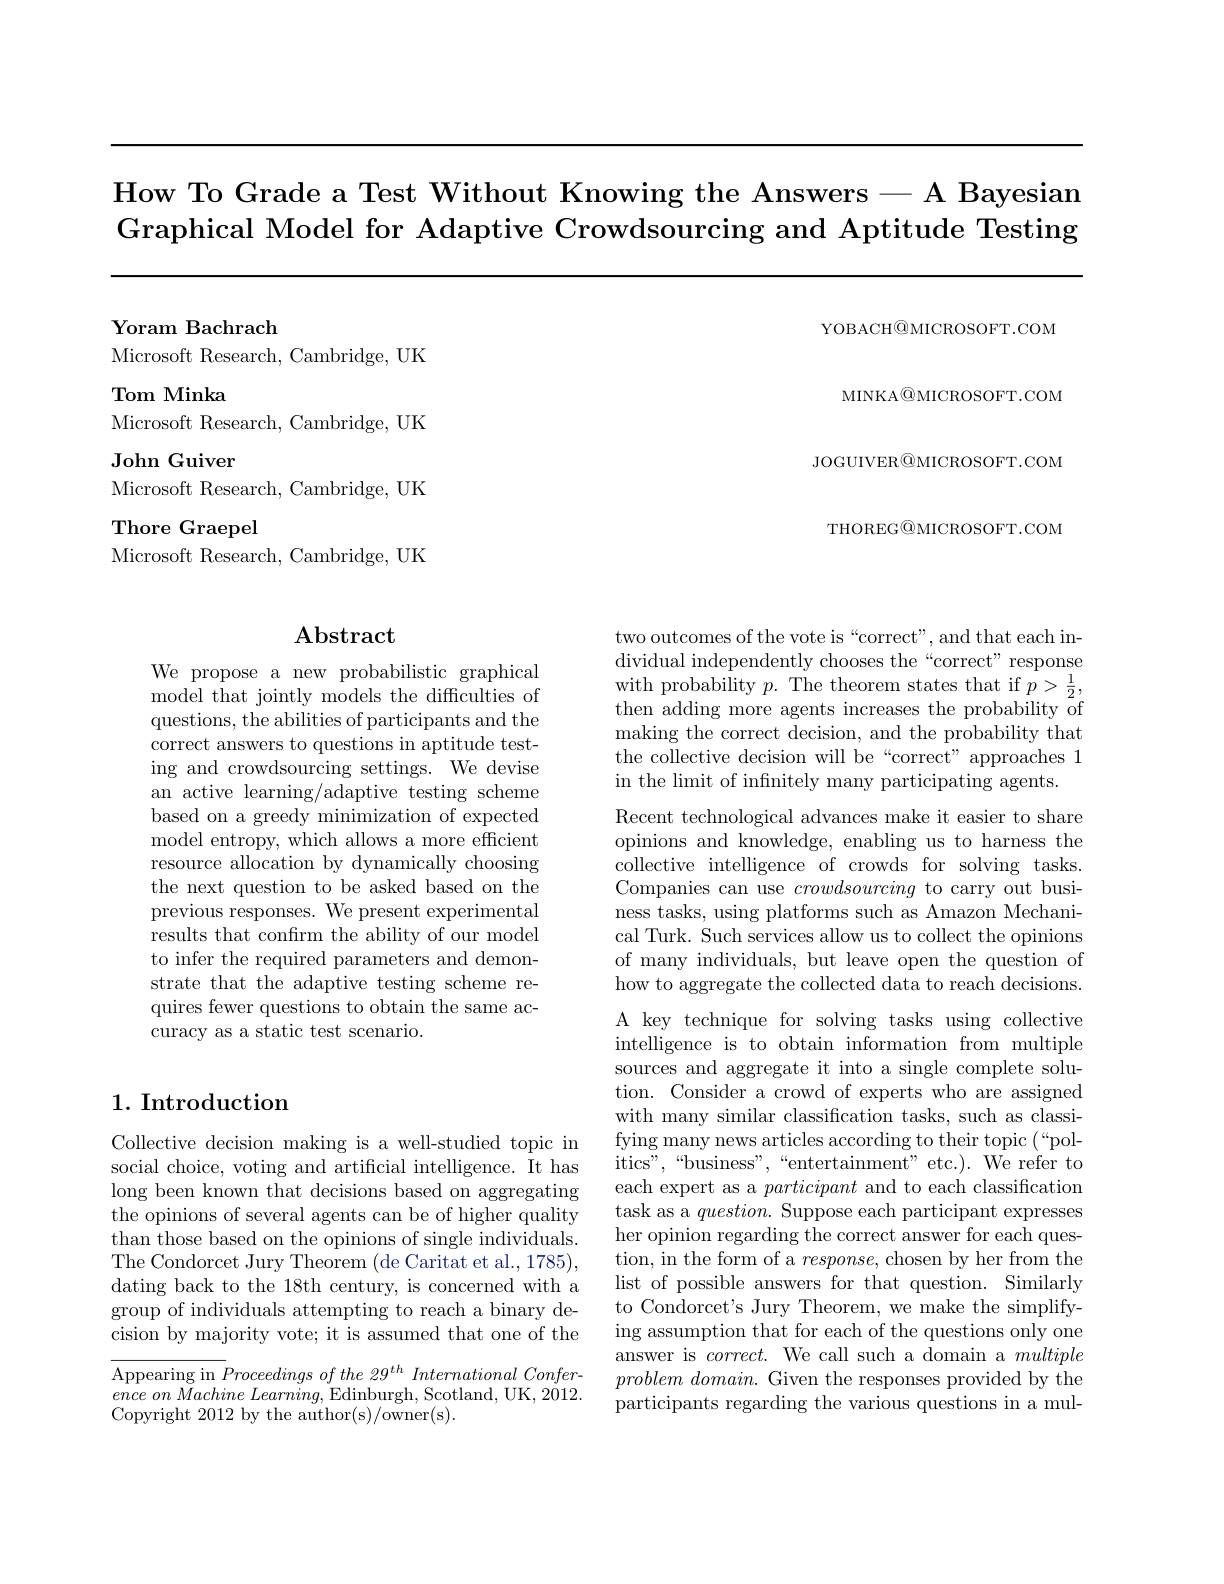
How To Grade a Test Without Knowing the Answers-A Bayesian Graphical Model for Adaptive Crowdsourcing and Aptitude Testing

YOBACH@MICROSOFT.COM

MINKA@MICROSOFT.COM JOGUIVER$\textcircled{\mathrm{OMICROSOFT.COM}}$ THOREG@MICROSOFT.COM

Yoram Bachrach
Microsoft Research, Cambridge, UK
Tom Minka
Microsoft Research, Cambridge, UK
John Guiver
Microsoft Research, Cambridge, UK
Thore Graepel
Microsoft Research, Cambridge, UK

## $\mathbf{Abstract}$

We propose a new probabilistic graphical model that jointly models the difficulties of questions, the abilities of participants and the correct answers to questions in aptitude testing and crowdsourcing settings. We devise an active learning/adaptive testing scheme based on a greedy minimization of expected model entropy, which allows a more efficient resource allocation by dynamically choosing the next question to be asked based on the previous responses. We present experimental results that confirm the ability of our model to infer the required parameters and demonstrate that the adaptive testing scheme requires fewer questions to obtain the same accuracy as a static test scenario.

## 1. Introduction

Collective decision making is a well-studied topic in social choice, voting and artificial intelligence. It has long been known that decisions based on aggregating the opinions of several agents can be of higher quality than those based on the opinions of single individuals. The Condorcet Jury Theorem (de Caritat et al., 1785), dating back to the 18th century, is concerned with a group of individuals attempting to reach a binary decision by majority vote; it is assumed that one of the

$\overline {\text{Appearing in }P}roceedingsofthe29^{th}International\textit{Confer- }$ $ence\textit{ on Machine Learning, Edinburgh, Scotland, UK, 2012. }$ Copyright 2012 by the author(s)/owner(s).

two outcomes of the vote is “correct", and that each individual independently chooses the“correct” response with probability $p.$ The theorem states that if $p>\frac12$, then adding more agents increases the probability - of making the correct decision, and the probability that the collective decision will be“correct”approaches 1 in the limit of infnitely many participating agents.

Recent technological advances make it easier to share opinions and knowledge, enabling us to harness the collective intelligence of crowds for solving tasks. Companies can use crowdsourcing to carry out business tasks, using platforms such as Amazon Mechanical Turk. Such services allow us to collect the opinions of many individuals, but leave open the question of how to aggregate the collected data to reach decisions.

A key technique for solving tasks using collective intelligence is to obtain information from multiple sources and aggregate it into a single complete solution. Consider a crowd of experts who are assigned with many similar classification tasks, such as classifying many news articles according to their topic (“politics",“business”,“entertainment”etc.).We refer to each expert as a participant and to each classification task as a $question.$ Suppose each participant expresses her opinion regarding the correct answer for each question, in the form of a $response$, chosen by her from the list of possible answers for that question. Similarly to Condorcet's Jury Theorem, we make the simplifying assumption that for each of the questions only one answer is $correct.$ We call such a domain a multiple $problem\textit{ domain. Given the responses provided by the}$ participants regarding the various questions in a mul-